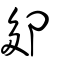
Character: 卶